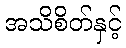
အသိစိတ်နှင့်